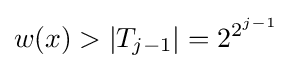
w(x)>|T_{j-1}|=2^{2^{j-1}}